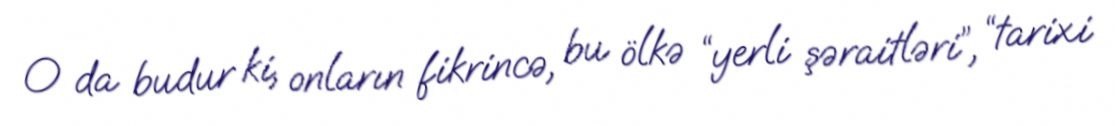
O da budur ki, onların fikrincə, bu ölkə “yerli şəraitləri”, “tarixi